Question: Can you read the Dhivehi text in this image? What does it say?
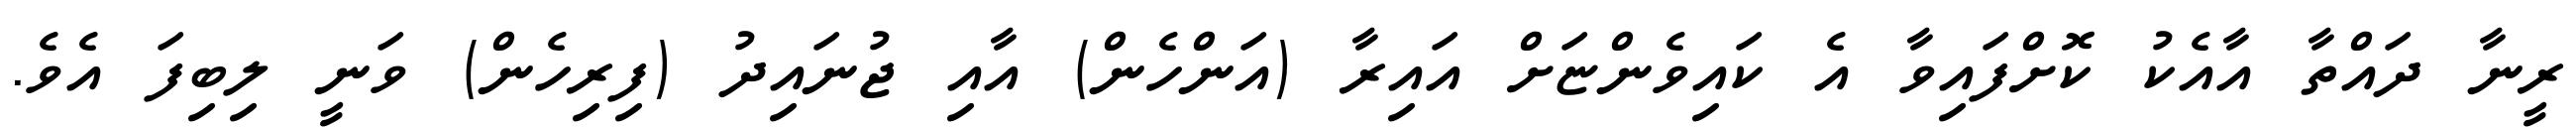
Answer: ރީނާ ދައްތާ އާއެކު ކޮށްފައިވާ އެ ކައިވެންޏަށް އައިރާ (އަންހެން) އާއި ޖުނައިދު (ފިރިހެން) ވަނީ ލިބިފަ އެވެ.